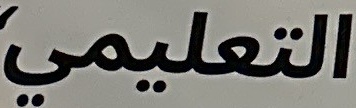
التعليمي